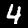
Label: 4